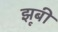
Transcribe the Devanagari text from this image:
झूबी